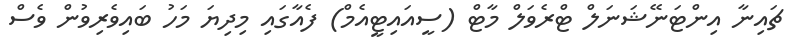
ޗައިނާ އިންޓަނޭޝަނަލް ޓްރެވަލް މާޓް (ސީއައިޓީއެމް) ފެއާގައި މިދިޔަ މަހު ބައިވެރިވުން ވެސް